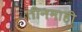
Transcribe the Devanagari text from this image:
तीनमाही